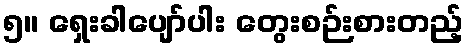
၅။ ရှေးခါပျော်ပါး တွေးစဉ်းစားတည့်